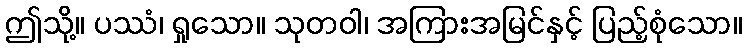
ဤသို့။ ပဿံ၊ ရှုသော။ သုတဝါ၊ အကြားအမြင်နှင့် ပြည့်စုံသော။